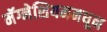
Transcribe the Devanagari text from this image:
मॅग्नेशियममधून